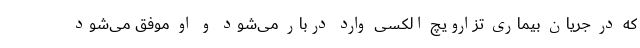
که در جریان بیماری تزارویچ الکسی وارد دربار می‌شود و او موفق می‌شود